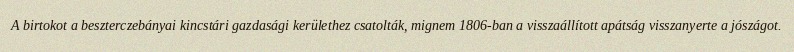
A birtokot a beszterczebányai kincstári gazdasági kerülethez csatolták, mignem 1806-ban a visszaállított apátság visszanyerte a jószágot.